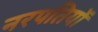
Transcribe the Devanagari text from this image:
नरपतियों